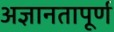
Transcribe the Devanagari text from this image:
अज्ञानतापूर्ण